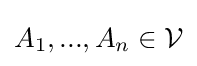
A_{1},...,A_{n}\in {\mathcal {V}}